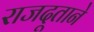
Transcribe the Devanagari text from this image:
राजदूताने